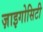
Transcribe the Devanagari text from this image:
ज़ाइगोसिटी